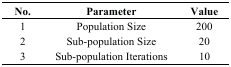
<table><thead><tr><td><b>No.</b></td><td><b>Parameter</b></td><td><b>Value</b></td></tr></thead><tbody><tr><td>1</td><td>Population Size</td><td>200</td></tr><tr><td>2</td><td>Sub-population Size</td><td>20</td></tr><tr><td>3</td><td>Sub-population Iterations</td><td>10</td></tr></tbody></table>